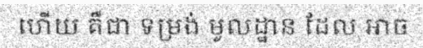
ហើយ គឺជា ទម្រង់ មូលដ្ឋាន ដែល អាច